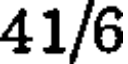
41/6